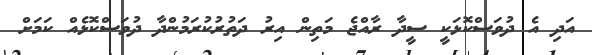
އަދި އެ ދުވަސްކޮޅަކީ ސީދާ ރާއްޖެ މަތިން އިރު ދަތުރުކުރަމުންދާ ދުވަސްކޮޅެއް ކަމަށް